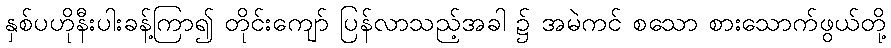
နှစ်ပဟိုနီးပါးခန့်ကြာ၍ တိုင်းကျော် ပြန်လာသည့်အခါ ၌ အမဲကင် စသော စားသောက်ဖွယ်တို့